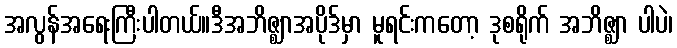
အလွန်အရေးကြီးပါတယ်။ဒီအဘိဇ္ဈာအပိုဒ်မှာ မူရင်းကတော့ ဒုစရိုက် အဘိဇ္ဈာ ပါပဲ၊